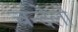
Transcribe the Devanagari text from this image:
चन्देलो